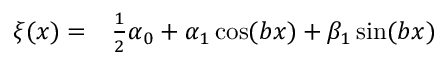
\begin{array} { r l } { \xi ( x ) = } & { { } \frac 1 2 \alpha _ { 0 } + \alpha _ { 1 } \cos ( b x ) + \beta _ { 1 } \sin ( b x ) } \end{array}